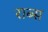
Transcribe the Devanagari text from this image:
राब्स